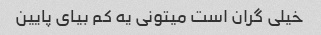
خیلی گران است میتونی یه کم بیای پایین